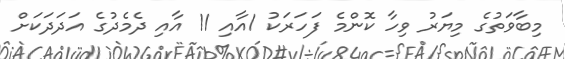
މިބާވަތުގެ މިޔަރު ވިހާ ކޮންމެ ފަހަރަކު 1އާއި 11 އާއި ދެމެދުގެ އަދަދަކަށް